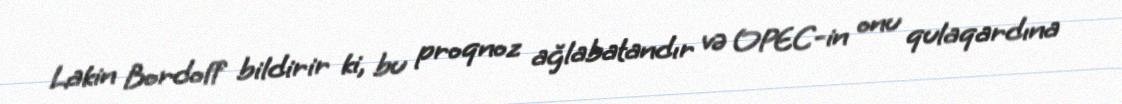
Lakin Bordoff bildirir ki, bu proqnoz ağlabatandır və OPEC-in onu qulaqardına